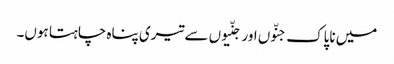
میں ناپاک جنّوں اور جنّیوں سے تیری پناہ چاہتا ہوں۔